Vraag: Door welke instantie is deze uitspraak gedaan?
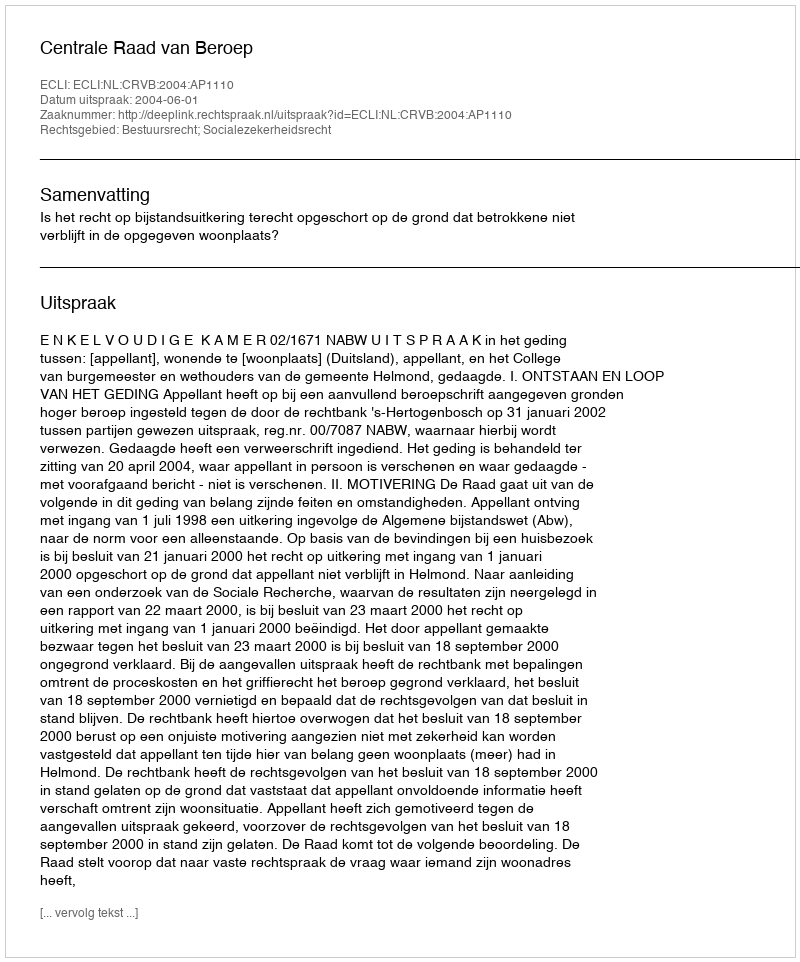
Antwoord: Centrale Raad van Beroep